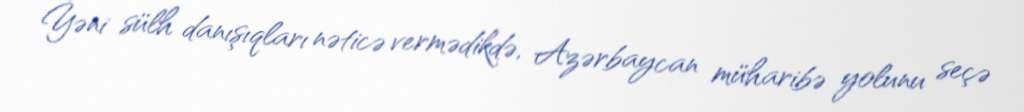
Yəni sülh danışıqları nəticə vermədikdə, Azərbaycan müharibə yolunu seçə